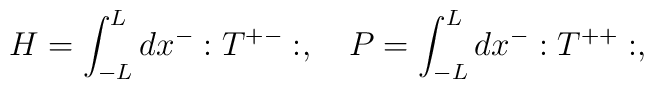
H = \int_{-L}^L dx^- :T^{+-}:,   \quad  P = \int _{-L}^L dx^- :T^{++}:,